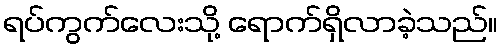
ရပ်ကွက်လေးသို့ ရောက်ရှိလာခဲ့သည်။